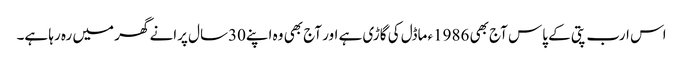
اس ارب پتی کے پاس آج بھی 1986ء ماڈل کی گاڑی ہے اور آج بھی وہ اپنے30سال پرانے گھر میں رہ رہا ہے۔